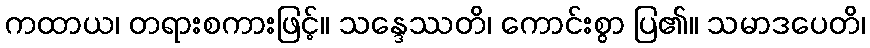
ကထာယ၊ တရားစကားဖြင့်။ သန္ဒေဿတိ၊ ကောင်းစွာ ပြ၏။ သမာဒပေတိ၊